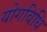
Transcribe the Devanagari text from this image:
योगविधि